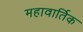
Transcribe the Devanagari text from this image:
महावार्तिक